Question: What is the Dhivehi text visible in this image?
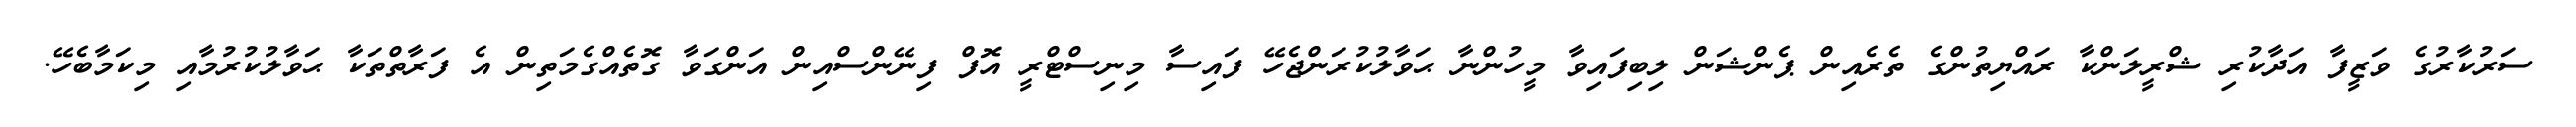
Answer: ސަރުކާރުގެ ވަޒީފާ އަދާކުރި ޝްރީލަންކާ ރައްޔިތުންގެ ތެރެއިން ޕެންޝަން ލިބިފައިވާ މީހުންނާ ޙަވާލުކުރަންޖެހޭ ފައިސާ މިނިސްޓްރީ އޮފް ފިނޭންސްއިން އަންގަވާ ގޮތެއްގެމަތިން އެ ފަރާތްތަކާ ޙަވާލުކުރުމާއި މިކަމާބެހޭ.